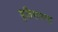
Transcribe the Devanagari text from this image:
युतिसम्पन्न